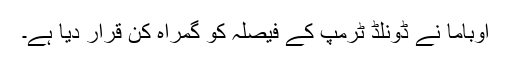
اوباما نے ڈونلڈ ٹرمپ کے فیصلہ کو گمراہ کن قرار دیا ہے۔